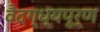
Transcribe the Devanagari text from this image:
वैदग्ध्यपूर्ण